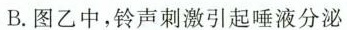
B.图乙中，铃声刺激引起唾液分泌